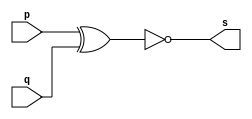
// -------------------------
// Exemplo0008 - XNOR 
// Nome: Douglas Cruz de Matos 
// ------------------------- 
// ------------------------- 
// -- XNOR gate 
// ------------------------- 
	module xnorgate ( output s, input p, input q);
		assign s = ~(p ^ q); 
	endmodule // xnorgate 
// --------------------- 
// -- test XNOR gate 
// --------------------- 
	module testxnordgate;
// ------------------------- dados locais 
		reg a, b; // definir registradores 
		wire s; // definir conexao (fio) 
// ------------------------- instancia 
		xnorgate XNOR1 (s, a, b); 
// ------------------------- preparacao 
		initial begin:start 
			a=0; b=0; 
		end
// ------------------------- parte principal 
		initial begin 
			$display("Exemplo0008 - Douglas Cruz de Matos - 433134"); 
			$display("Testando a porta XNOR"); 
			$display("\n~(a ^ b) = s\n"); 
			a=0; b=0; 
			#1 $display("~(%b ^ %b) = %b", a, b, s); 
			a=0; b=1; 
			#1 $display("~(%b ^ %b) = %b", a, b, s); 
			a=1; b=0; 
			#1 $display("~(%b ^ %b) = %b", a, b, s); 
			a=1; b=1; 
			#1 $display("~(%b ^ %b) = %b", a, b, s); 
		end 
endmodule // testxnorgate